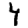
Digit: 4